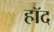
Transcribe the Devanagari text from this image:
हॉद